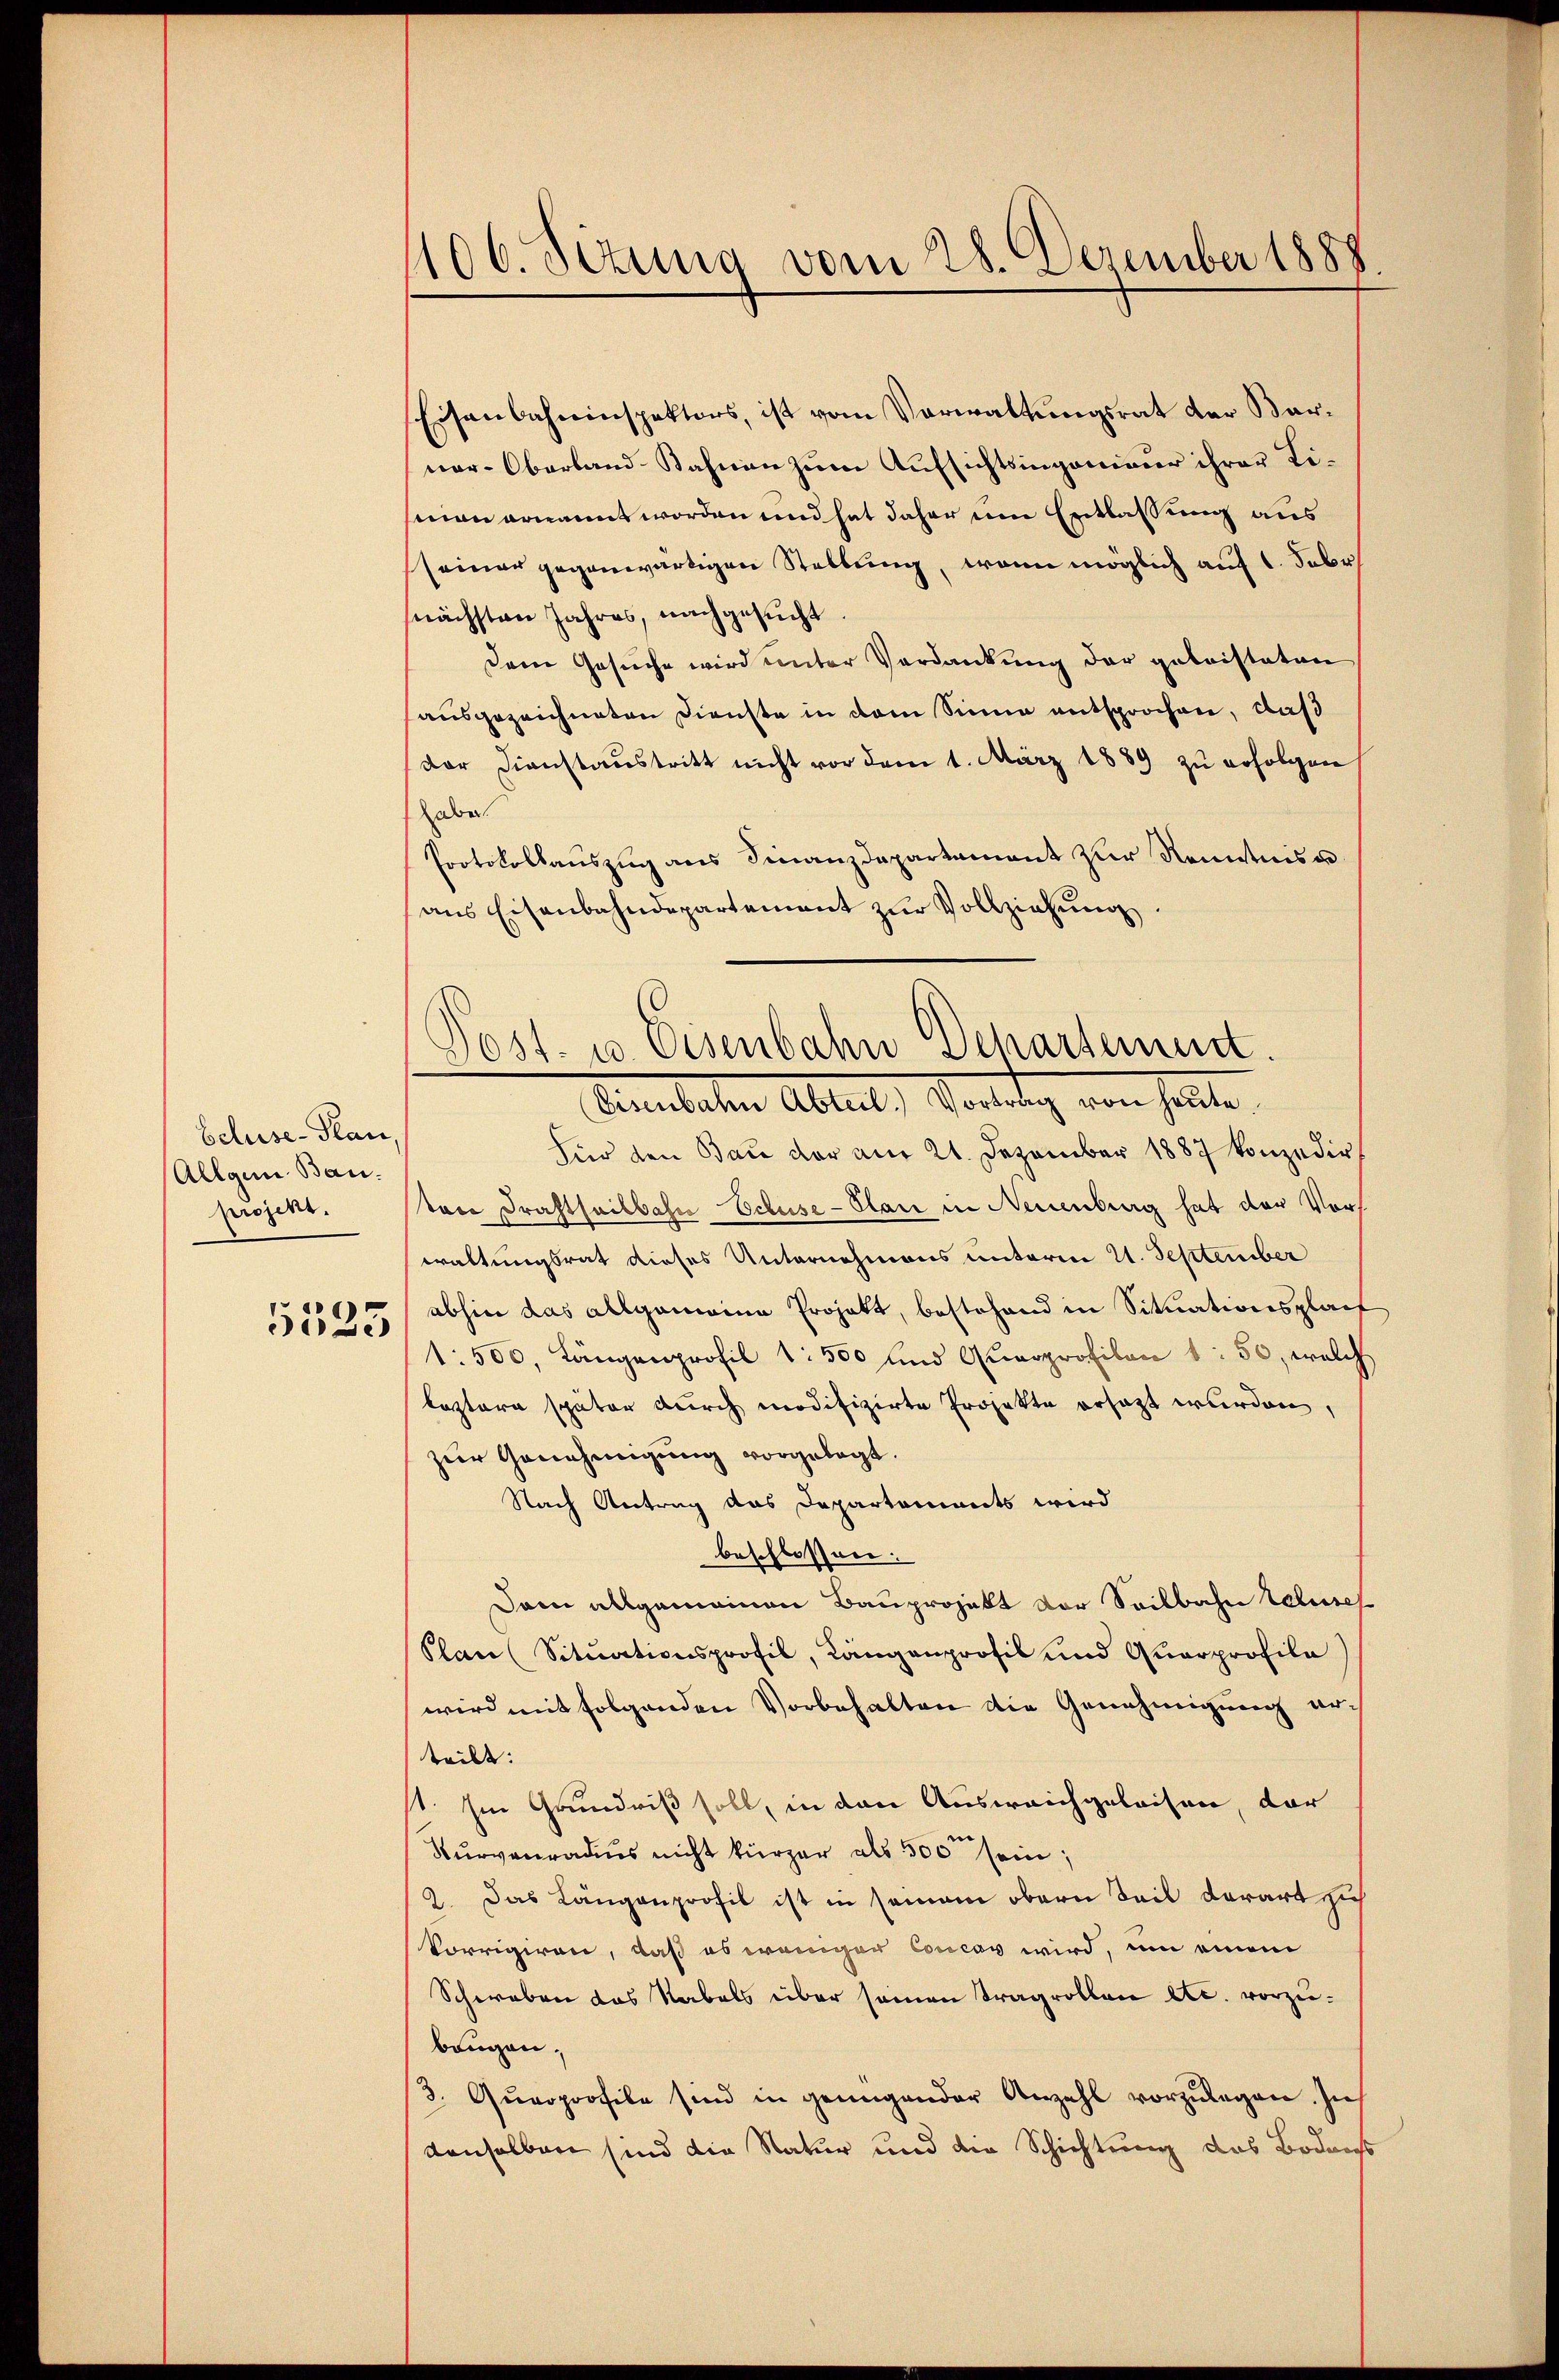
Scluse-Plan
Allgem. Bau.
projekt.

5523

1106. Sitzung vom 28. Dezember 1888

Eisenbahninspektors, ist vom Verwaltŭngsrat der Bar-
ner-Oberland-Bahnen zum Aufsichtsingenieur ihrer Timan ernannt worden und hat daher um Entlassung aus
seiner gegenwärtigen Stellung, wenn möglich auf 1. Fabr
nächsten Jahres, nachgesucht
Dem Gesuche wird unter Verdankung der geleisteten
ausgezeichneten Dienste in dem Sinne entsprochen, daß
der Dienstaustritt nicht vor dem 1. März 1889 zu erfolgen
haber
Protokollauszug aus Finanzdepartament zur Kenntnis u
ans Eisenbahndepartement zŭr Vollziehŭng.
Bearbeiten Abteil, Vorladung von heute.
Für den Bau der am 21. Dezember 1887 konzedir
ton Drahtheilbahn Echuse-Plan in Neuenburg hat der Vors
waltungsrat dieses Unternehmens unterm 21. September
abhin das allgemeine Projekt, bestehend in Situationsplat
1: 500, Längenprofil 1: 500 und Quarprofilen 1: 50, welch
beztere später durch modifizirte Projekte ersatzt wurden,
zur Genehmigung vorgelegt.
Nach Antrag das Departements wird
beschlossen:
Dann allgemeinen Bauprojekt vor Seilbahn tausch
Plan (Sitŭationsprofil, Längenprofil und Quarprofila
wird mit folgenden Vorbehalten die Genehmigung erteilt:
st. Im Grundriß soll, in den Ausweichgeleisen, dar
Kurvenradus nicht kürzer als 500 sein;
2. Das Längenprofil ist in seinem obern Teil derart sich
Vorrigiren, daß es wenigen Concas wird, um einem
Schweben das Rabels über seinen Tragrollen etc. vorzubangen,
3. Qŭarprofile sind in genügender Anzahl vorzŭlegen. In
denselben sind die Natur und die Schichtung das Bedarfs

Post. u. Eisenbahn Departement.